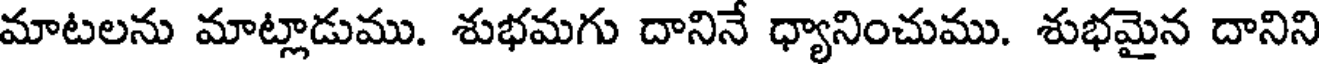
మాటలను మాట్లాడుము. శుభమగు దానినే ధ్యానించుము. శుభమైన దానిని